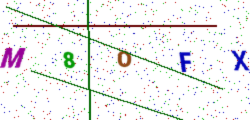
Text: M8OFX